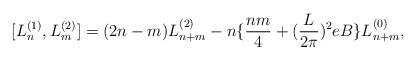
\begin{align*}[L^{(1)}_{n},L^{(2)}_{m}]=(2n-m)L^{(2)}_{n+m}-n\{\frac{nm}{4}+(\frac{L}{2\pi})^{2}eB\}L^{(0)}_{n+m},\end{align*}